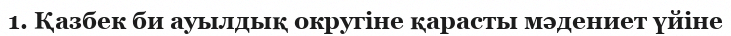
1. Қазбек би ауылдық округіне қарасты мәдениет үйіне